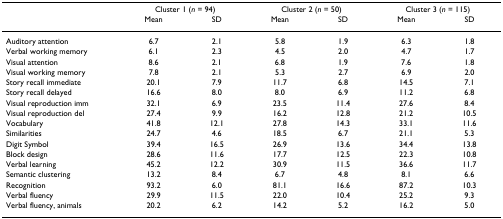
|  | <COLSPAN=2> Cluster 1 (n = 94) | <COLSPAN=2> Cluster 2 (n = 50) | <COLSPAN=2> Cluster 3 (n = 115) |
 |  | Mean | SD | Mean | SD | Mean | SD |
 | --- | --- | --- | --- | --- | --- | --- |
 | Auditory attention | 6.7 | 2.1 | 5.8 | 1.9 | 6.3 | 1.8 |
 | Verbal working memory | 6.1 | 2.3 | 4.5 | 2.0 | 4.7 | 1.7 |
 | Visual attention | 8.6 | 2.1 | 6.8 | 1.9 | 7.6 | 1.8 |
 | Visual working memory | 7.8 | 2.1 | 5.3 | 2.7 | 6.9 | 2.0 |
 | Story recall immediate | 20.1 | 7.9 | 11.7 | 6.8 | 14.5 | 7.1 |
 | Story recall delayed | 16.6 | 8.0 | 8.0 | 6.9 | 11.2 | 6.8 |
 | Visual reproduction imm | 32.1 | 6.9 | 23.5 | 11.4 | 27.6 | 8.4 |
 | Visual reproduction del | 27.4 | 9.9 | 16.2 | 12.8 | 21.2 | 10.5 |
 | Vocabulary | 41.8 | 12.1 | 27.8 | 14.3 | 33.1 | 11.6 |
 | Similarities | 24.7 | 4.6 | 18.5 | 6.7 | 21.1 | 5.3 |
 | Digit Symbol | 39.4 | 16.5 | 26.9 | 13.6 | 34.4 | 13.8 |
 | Block design | 28.6 | 11.6 | 17.7 | 12.5 | 22.3 | 10.8 |
 | Verbal learning | 45.2 | 12.2 | 30.9 | 11.5 | 36.6 | 11.7 |
 | Semantic clustering | 13.2 | 8.4 | 6.7 | 4.8 | 8.1 | 6.6 |
 | Recognition | 93.2 | 6.0 | 81.1 | 16.6 | 87.2 | 10.3 |
 | Verbal fluency | 29.9 | 11.5 | 22.0 | 10.4 | 25.2 | 9.3 |
 | Verbal fluency, animals | 20.2 | 6.2 | 14.2 | 5.2 | 16.2 | 5.0 |